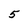
Character: 5